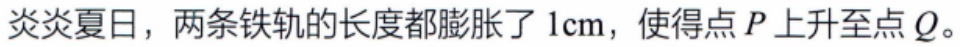
炎炎夏日，两条铁轨的长度都膨胀了1cm，使得点 \(P\) 上升至点 \(Q\)。